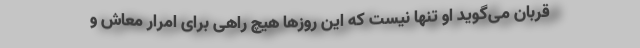
قربان می‌گوید او تنها نیست که این روزها هیچ راهی برای امرار معاش و